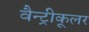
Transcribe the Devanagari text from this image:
वैन्ट्रीकूलर